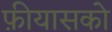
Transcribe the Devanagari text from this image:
फ़ीयासको